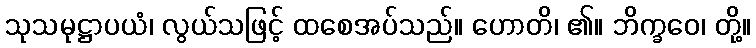
သုသမုဋ္ဌာပယံ၊ လွယ်သဖြင့် ထစေအပ်သည်။ ဟောတိ၊ ၏။ ဘိက္ခဝေ၊ တို့။